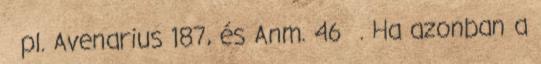
pl. Avenarius 187, és Anm. 46 . Ha azonban a